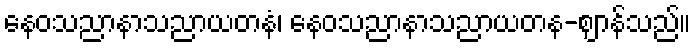
နေဝသညာနာသညာယတနံ၊ နေဝသညာနာသညာယတန-ဈာန်သည်။